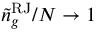
{ \tilde { n } } _ { g } ^ { \mathrm { R J } } / N \to 1